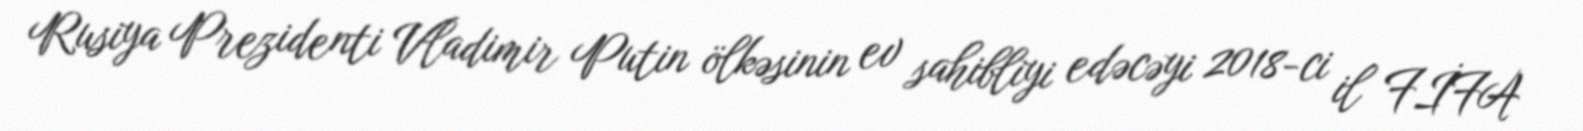
Rusiya Prezidenti Vladimir Putin ölkəsinin ev sahibliyi edəcəyi 2018-ci il FİFA